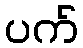
ပက်